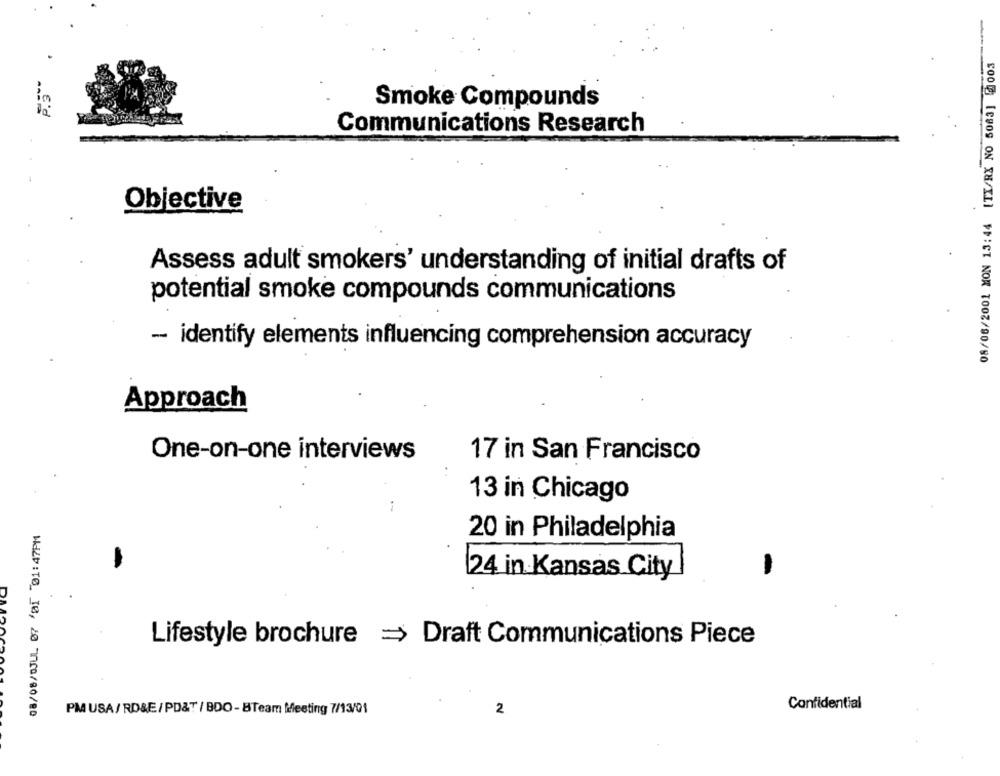
08/06/2001 MON 13:44 [TX/RX NO 5063] @1003
Smoke Compounds
Communications Research
Objective
Assess adult smokers' understanding of initial drafts of
potential smoke compounds communications
- identify elements influencing comprehension accuracy
Approach
One-on-one interviews
17 in San Francisco
13 in Chicago
08/08/0JU. 07 /05 01:47PM
20 in Philadelphia
24 in Kansas City
-
Lifestyle brochure = Draft Communications Piece
Confidential
PM USA/ RD&E/PD&T / BDO-BTeam Meeting 7/13/01
2